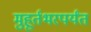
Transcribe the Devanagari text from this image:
मुहूर्तभरपर्यंत